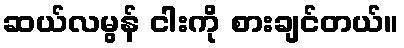
ဆယ်လမွန် ငါးကို စားချင်တယ်။